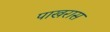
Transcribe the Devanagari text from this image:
पाखरास